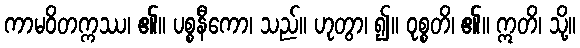
ကာမဝိတက္ကဿ၊ ၏။ ပစ္စနီကော၊ သည်။ ဟုတွာ၊ ၍။ ဝုစ္စတိ၊ ၏။ ဣတိ၊ သို့။